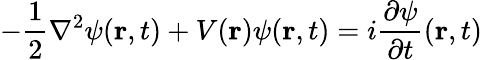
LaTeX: -{\frac{1}{2}}\nabla^{2}\psi(\mathbf{r},t)+V(\mathbf{r})\psi(\mathbf{r},t)=i{\frac{\partial\psi}{\partial t}}(\mathbf{r},t)